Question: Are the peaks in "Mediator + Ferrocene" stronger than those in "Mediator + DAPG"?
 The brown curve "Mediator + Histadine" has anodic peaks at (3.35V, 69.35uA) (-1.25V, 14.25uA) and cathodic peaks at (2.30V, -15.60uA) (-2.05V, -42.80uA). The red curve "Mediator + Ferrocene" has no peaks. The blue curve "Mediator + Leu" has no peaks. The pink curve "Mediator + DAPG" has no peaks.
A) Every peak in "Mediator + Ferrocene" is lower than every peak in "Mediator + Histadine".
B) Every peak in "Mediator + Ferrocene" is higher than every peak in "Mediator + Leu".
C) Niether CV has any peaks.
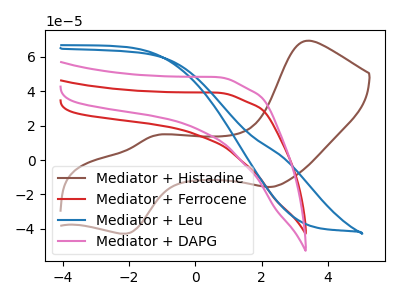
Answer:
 <answer>C) Niether CV has any peaks.</answer>
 <eval>C</eval>